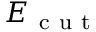
E _ { \mathrm { ~ c ~ u ~ t ~ } }